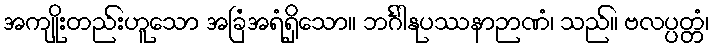
အကျိုးတည်းဟူသော အခြံအရံရှိသော။ ဘင်္ဂါနုပဿနာဉာဏံ၊ သည်။ ဗလပ္ပတ္တံ၊